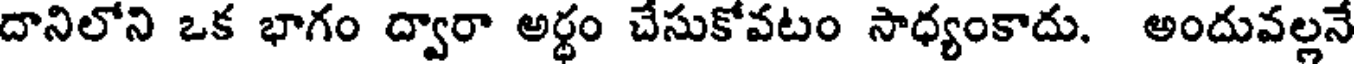
దానిలోని ఒక భాగం ద్వారా అర్ధం చేసుకోవటం సాధ్యంకాదు. అందువల్లనే